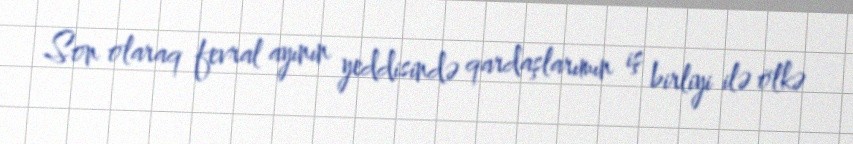
Son olaraq fevral ayının yeddisində qardaşlarımın iş birliyi ilə ölkə